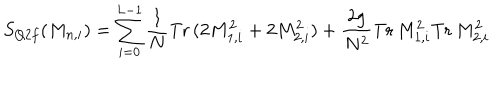
S _ { Q 2 f } ( M _ { n , i } ) = \sum _ { i = 0 } ^ { L - 1 } \frac { 1 } { N } \mathrm { T r } \, ( 2 M _ { 1 , i } ^ { 2 } + 2 M _ { 2 , i } ^ { 2 } ) + \frac { 2 g } { N ^ { 2 } } \mathrm { T r } \, M _ { 1 , i } ^ { 2 } \mathrm { T r } \, M _ { 2 , i } ^ { 2 }